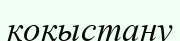
коқыстану